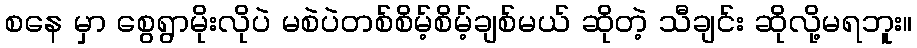
စနေ မှာ စွေရွာမိုးလိုပဲ မစဲပဲတစ်စိမ့်စိမ့်ချစ်မယ် ဆိုတဲ့ သီချင်း ဆိုလို့မရဘူး။